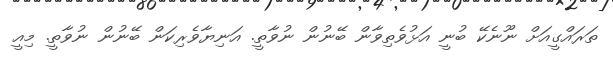
ތަރައްގީއަށް ނޫނެކޭ ބުނީ އަޅުވެތިވާން ބޭނުން ނުވާތީ. އަނިޔާވެރިކަން ބޭނުން ނުވާތީ. މިއީ